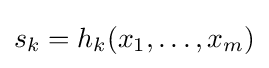
s_{k}=h_{k}(x_{1},\ldots ,x_{m})